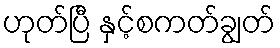
ဟုတ်ပြီ နှင့်စကတ်ချွတ်